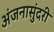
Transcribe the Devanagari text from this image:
अंजनासुंदरी